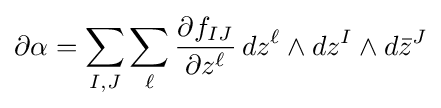
\partial \alpha =\sum _{I,J}\sum _{\ell }{\frac {\partial f_{IJ}}{\partial z^{\ell }}}\,dz^{\ell }\wedge dz^{I}\wedge d{\bar {z}}^{J}